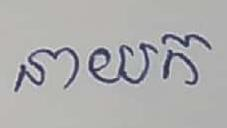
នាយក